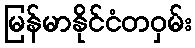
မြန်မာနိုင်ငံတဝှမ်း